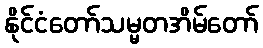
နိုင်ငံတော်သမ္မတအိမ်တော်